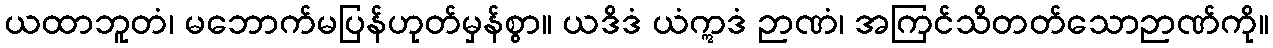
ယထာဘူတံ၊ မဘောက်မပြန်ဟုတ်မှန်စွာ။ ယဒိဒံ ယံဣဒံ ဉာဏံ၊ အကြင်သိတတ်သောဉာဏ်ကို။